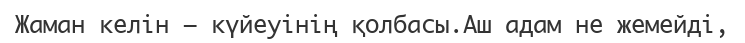
Жаман келін — күйеуінің қолбасы.Аш адам не жемейді,